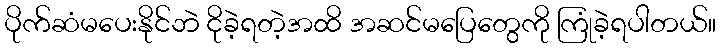
ပိုက်ဆံမပေးနိုင်ဘဲ ငိုခဲ့ရတဲ့အထိ အဆင်မပြေတွေကို ကြုံခဲ့ရပါတယ်။